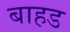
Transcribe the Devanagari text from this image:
बाहड